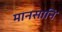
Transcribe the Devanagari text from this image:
मानसानि